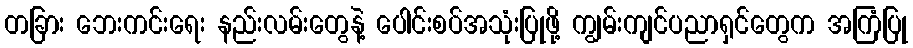
တခြား ဘေးကင်းရေး နည်းလမ်းတွေနဲ့ ပေါင်းစပ်အသုံးပြုဖို့ ကျွမ်းကျင်ပညာရှင်တွေက အကြံပြု